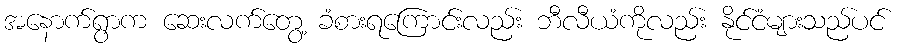
အနောက်ရွာက ဆေးလက်တွေ့ ခံစားရကြောင်းလည်း ဘီလီယံကိုလည်း နိုင်ငံများသည်ပင်